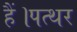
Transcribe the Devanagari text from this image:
हैं।पत्थर